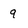
Character: 9